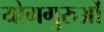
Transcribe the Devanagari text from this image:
योगगुरुओं